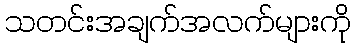
သတင်းအချက်အလက်များကို